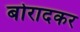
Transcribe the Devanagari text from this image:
बोरादकर